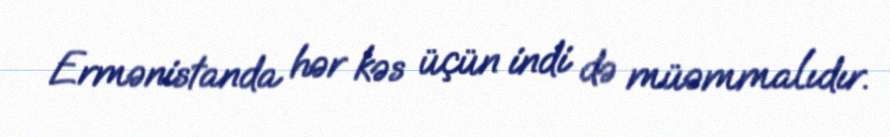
Ermənistanda hər kəs üçün indi də müəmmalıdır.